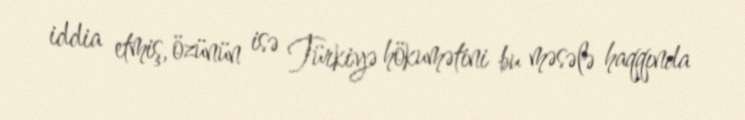
iddia etmiş, özünün isə Türkiyə hökumətini bu məsələ haqqında